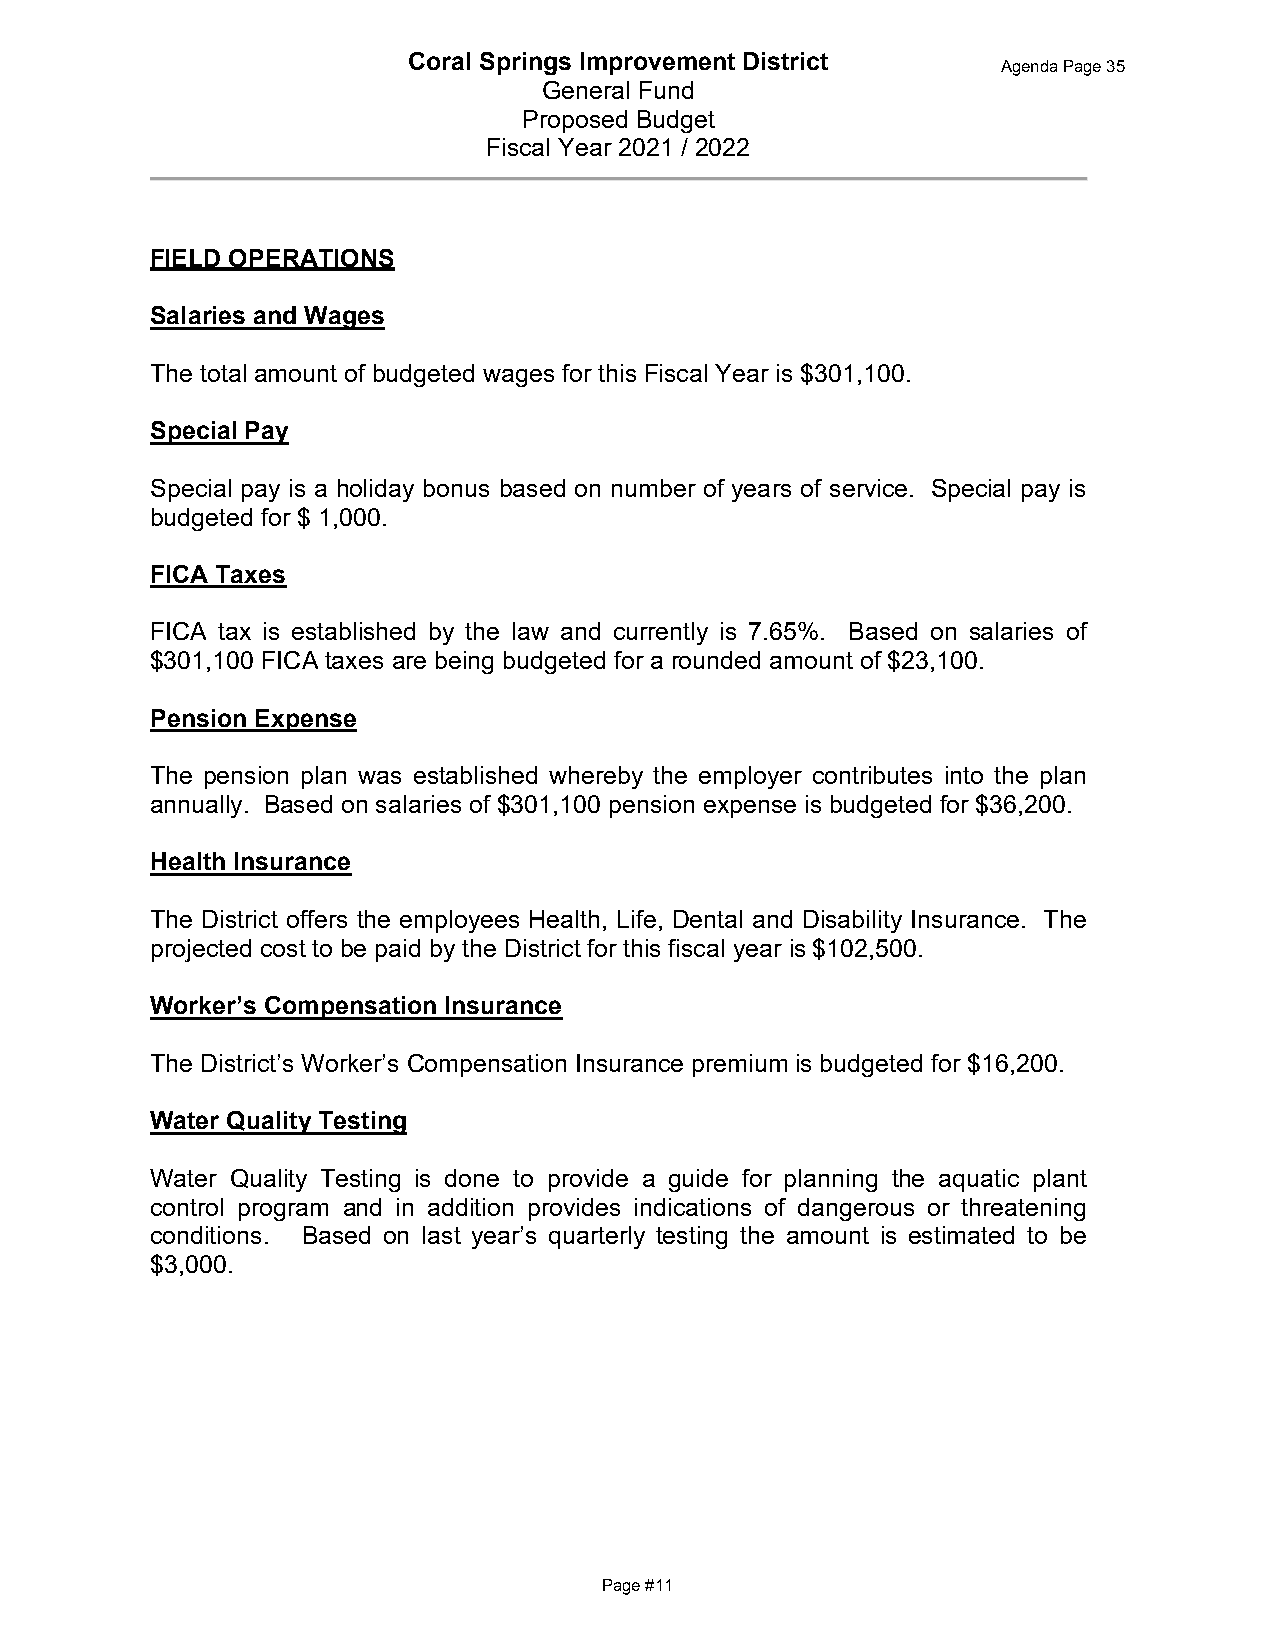
Coral Springs Improvement District
 Agenda Page 35
 General Fund
 Proposed Budget
 Fiscal Year 2021 / 2022
 FIELD OPERATIONS
 Salaries and Wages
 The total amount of budgeted wages for this Fiscal Year is $301,100.
 Special Pay
 Special pay is a holiday bonus based on number of years of service. Special pay is
 budgeted for $ 1,000.
 FICA Taxes
 FICA tax is established by the law and currently is 7.65%. Based on salaries of
 $301,100 FICA taxes are being budgeted for a rounded amount of $23,100.
 Pension Expense
 The pension plan was established whereby the employer contributes into the plan
 annually. Based on salaries of $301,100 pension expense is budgeted for $36,200.
 Health Insurance
 The District offers the employees Health, Life, Dental and Disability Insurance. The
 projected cost to be paid by the District for this fiscal year is $102,500.
 Worker’s Compensation Insurance
 The District’s Worker’s Compensation Insurance premium is budgeted for $16,200.
 Water Quality Testing
 Water Quality Testing is done to provide a guide for planning the aquatic plant
 control program and in addition provides indications of dangerous or threatening
 conditions. Based on last year’s quarterly testing the amount is estimated to be
 $3,000.
 Page #11